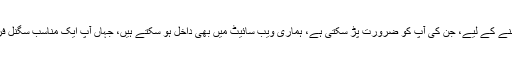
آپ سگنلز اور تعلیمی مواد کے بارے میں جاننے کے لیے، جن کی آپ کو ضرورت پڑ سکتی ہے، ہماری ویب سائیٹ میں بھی داخل ہو سکتے ہیں، جہاں آپ ایک مناسب سگنل فراہم کرنے والے کو بھی تلاش کر سکتے ہیں۔